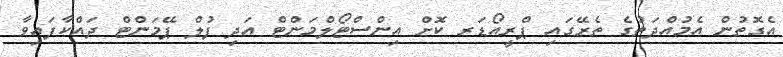
އެގޮތުން އެމުއްދަތުގެ ތެރޭގައި ޕްރީއޯޑަރ ކޮށް އިންސްޓޯލްމަންޓް އަދި ފުލް ޕޭމަންޓް ދައްކާފައިވާ